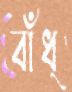
বাঁধ্‌